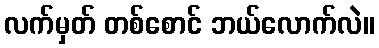
လက်မှတ် တစ်စောင် ဘယ်လောက်လဲ။